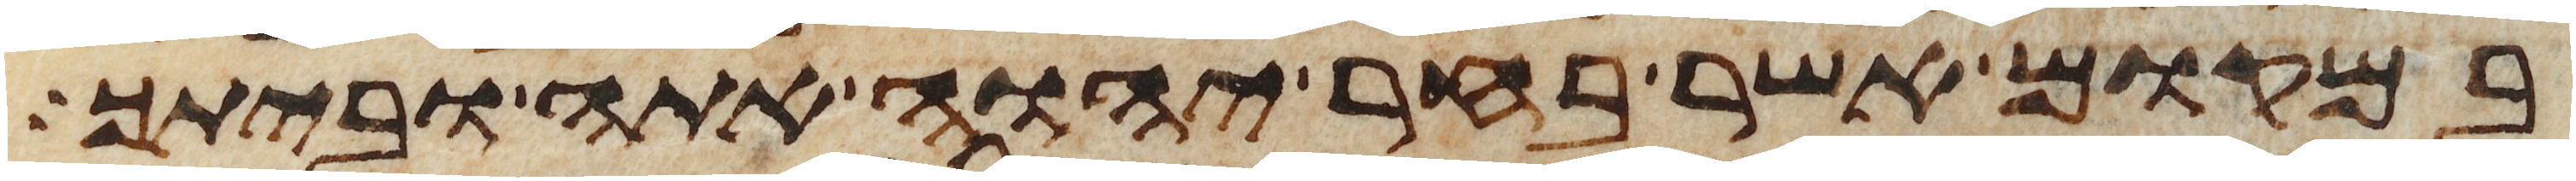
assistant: במקום אשר בחר יהוה אתה וביתך